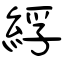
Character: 綒